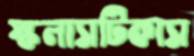
স্কলাসটিকাস